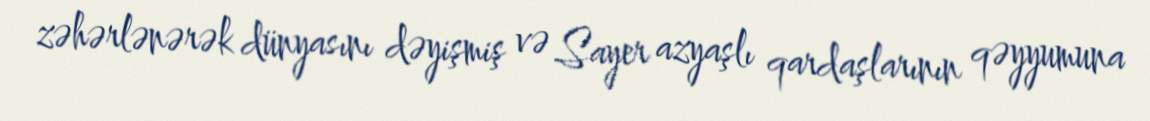
zəhərlənərək dünyasını dəyişmiş və Sayer azyaşlı qardaşlarının qəyyumuna